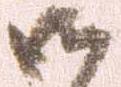
御